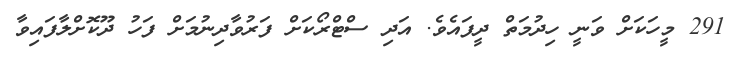
291 މީހަކަށް ވަނީ ހިދުމަތް ދީފައެވެ. އަދި ސްޓްރޯކަށް ފަރުވާދިނުމަށް ފަހު ދޫކޮށްލާފައިވާ